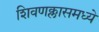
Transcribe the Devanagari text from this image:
शिवणक्लासमध्ये